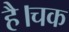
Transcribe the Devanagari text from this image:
है।चक